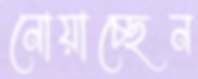
নোয়াচ্ছেন